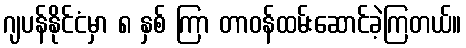
ဂျပန်နိုင်ငံမှာ ၈ နှစ် ကြာ တာဝန်ထမ်းဆောင်ခဲ့ကြတယ်။